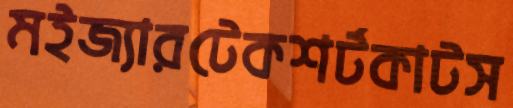
মইজ্যারটেকশর্টকাটস